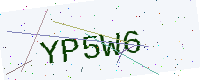
Text: YP5W6